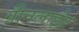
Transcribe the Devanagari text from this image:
ग्रीनलाईट